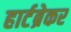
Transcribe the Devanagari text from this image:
हार्टब्रेकर